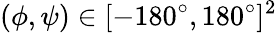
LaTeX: (\phi,\psi)\in[-180^{\circ},180^{\circ}]^{2}